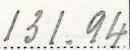
131.94